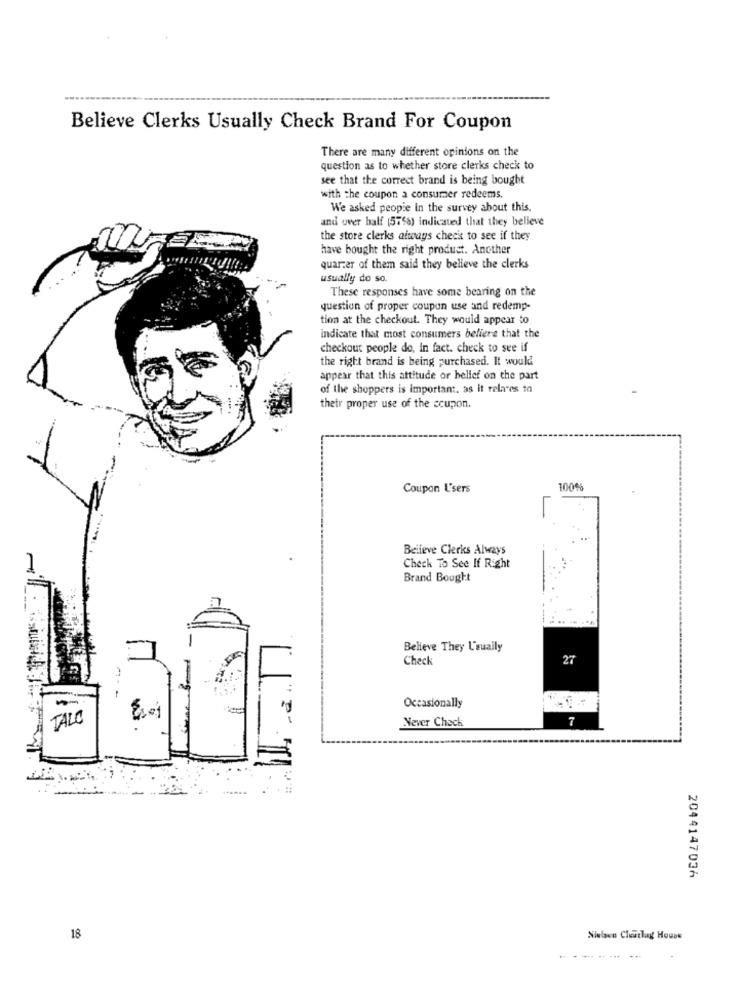
Believe Clerks Usually Check Brand For Coupon
There are many different opinions on the
question as to whether store clerks check to
see that the correct brand is being bought
with the coupon a consumer redeems.
We asked people in the survey about this.
and over half (5756) indicated that they believe
the store clerks aiways check to see if they
have bought the right product. Another
quarter of them said they believe the clerks
usually do so
These responses have some bearing on the
question of proper coupun use and redemp-
tion at the checkout. They would appear to
indicate that most consumers beliere that the
checkout people do, In fact. check to see if
the right brand is being purchased. It would
appear that this attitude or belief on the part
of the shoppers is important, as it relates to
their proper use of the coupon.
Coupon Users
100%
Believe Clerks Always
Check To See If Right
Brand Bought
Believe They L'sually
Check
27
Occasionally
TALO
7
P-
Never Check
2044147036
18
Nielave Claitlag House
---- --